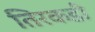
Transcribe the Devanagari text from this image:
तिरकडी